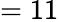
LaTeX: =11